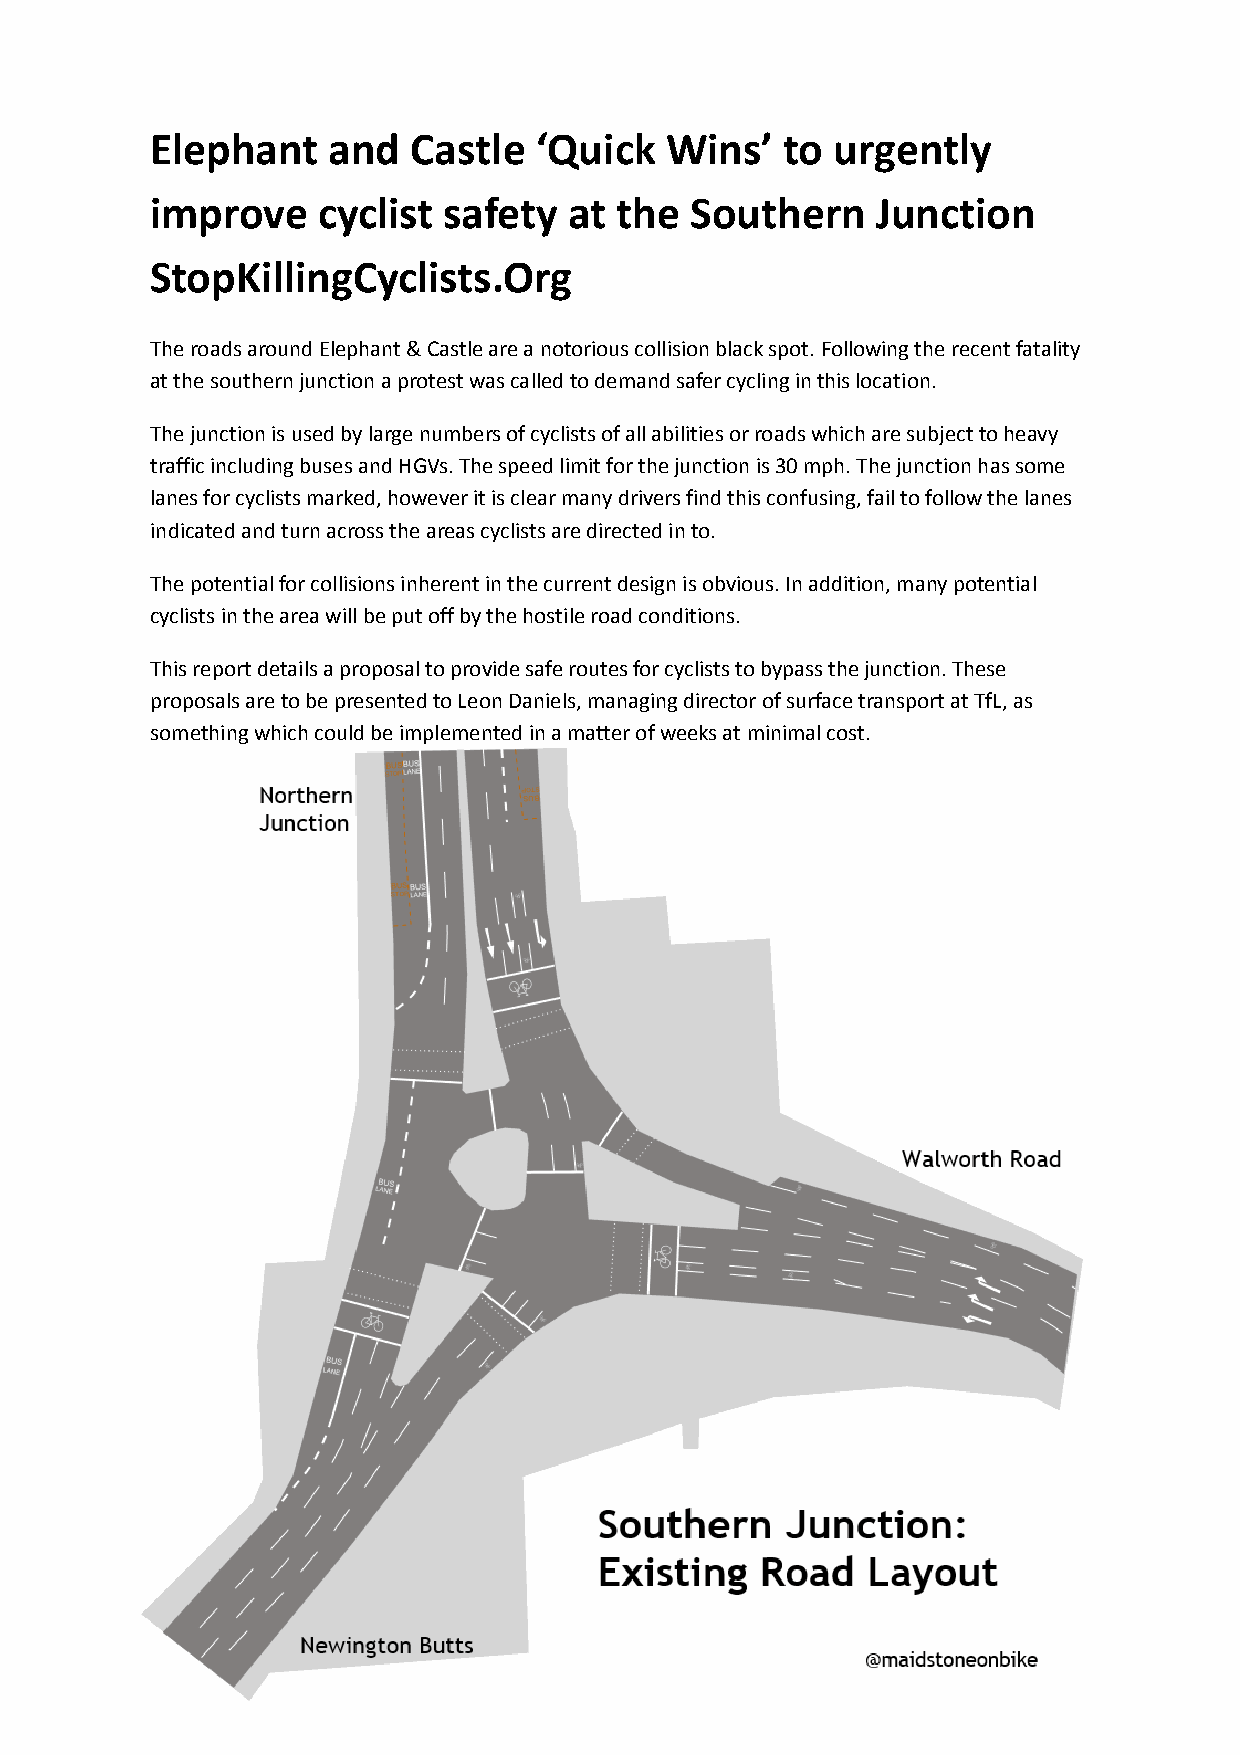
Elephant    and  Castle  ‘Quick   Wins’   to urgently
 improve    cyclist safety   at the  Southern    Junction
 StopKillingCyclists.Org
 The roads around Elephant & Castle are a notorious collision black spot. Following the recent fatality
 at the southern junction a protest was called to demand safer cycling in this location.
 The junction is used by large numbers of cyclists of all abilities or roads which are subject to heavy
 traffic including buses and HGVs. The speed limit for the junction is 30 mph. The junction has some
 lanes for cyclists marked, however it is clear many drivers find this confusing, fail to follow the lanes
 indicated and turn across the areas cyclists are directed in to.
 The potential for collisions inherent in the current design is obvious. In addition, many potential
 cyclists in the area will be put off by the hostile road conditions.
 This report details a proposal to provide safe routes for cyclists to bypass the junction. These
 proposals are to be presented to Leon Daniels, managing director of surface transport at TfL, as
 something which could be implemented in a matter of weeks at minimal cost.